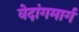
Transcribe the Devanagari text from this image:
वेदांगमार्ग